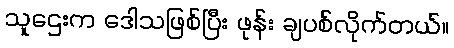
သူဌေးက ဒေါသဖြစ်ပြီး ဖုန်း ချပစ်လိုက်တယ်။